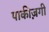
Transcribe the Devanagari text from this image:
पाकीज़गी